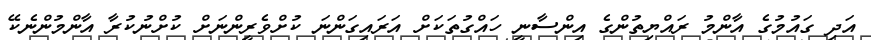
އަދި ގައުމުގެ އާންމު ރައްޔިތުންގެ އިންސާނީ ހައްގުތަކަށް އަރައިގަންނަ ކުށްވެރީންނަށް ކުށްނުކުރާ އާންމުންނެކޭ